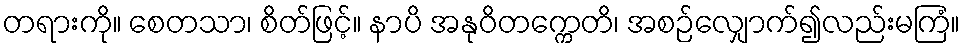
တရားကို။ စေတသာ၊ စိတ်ဖြင့်။ နာပိ အနုဝိတက္ကေတိ၊ အစဉ်လျှောက်၍လည်းမကြံ။